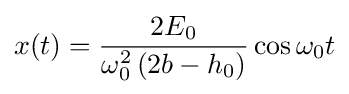
x(t)={\frac {2E_{0}}{\omega _{0}^{2}\left(2b-h_{0}\right)}}\cos \omega _{0}t